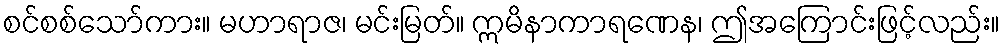
စင်စစ်သော်ကား။ မဟာရာဇ၊ မင်းမြတ်။ ဣမိနာကာရဏေန၊ ဤအကြောင်းဖြင့်လည်း။